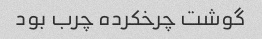
گوشت چرخکرده چرب بود